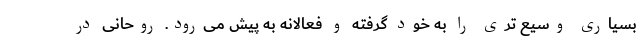
بسیاری وسیع تری را به خود گرفته و فعالانه به پیش می‌رود. روحانی در